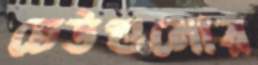
ঢেউগুলোর